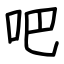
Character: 吧